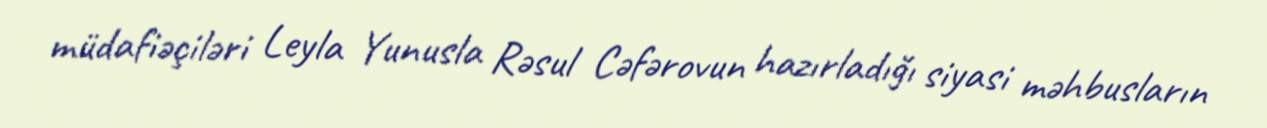
müdafiəçiləri Leyla Yunusla Rəsul Cəfərovun hazırladığı siyasi məhbusların